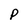
Character: P